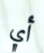
أي